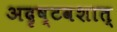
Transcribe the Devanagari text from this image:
अदृष्टवशात्‌